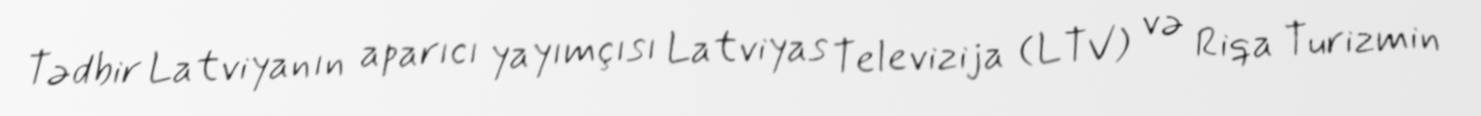
Tədbir Latviyanın aparıcı yayımçısı Latviyas Televizija (LTV) və Riqa Turizmin